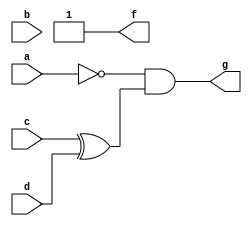
module MultiLevelLogic (
    input wire a,   // Input signal A
    input wire b,   // Input signal B
    input wire c,   // Input signal C
    input wire d,   // Input signal D
    output wire f,  // Output signal F
    output wire g   // Output signal G
);

    // Intermediate signals for subfunctions (multi-level logic)
    wire not_a;         // NOT of A
    wire not_b;         // NOT of B
    wire and_ab;        // AND of A and B
    wire or_cd;         // OR of C and D
    wire nand_ab;       // NAND of A and B
    wire xor_cd;        // XOR of C and D

    // Level 1: Logic Gate Implementation
    // NOT gates
    assign not_a = ~a;
    assign not_b = ~b;

    // AND and OR gates
    assign and_ab = a & b;         // AND operation
    assign or_cd = c | d;          // OR operation

    // Level 2: Additional gates based on higher-level logic
    assign nand_ab = ~(and_ab);    // NAND from the previous AND result
    assign xor_cd = c ^ d;         // XOR operation

    // Level 3: Final Logic Expression for outputs
    // Example final output logic expressions (you can adjust these based on your requirements)
    assign f = and_ab | nand_ab;   // Final output F (combines AND and NAND)
    assign g = not_a & xor_cd;     // Final output G (combines NOT and XOR)

endmodule